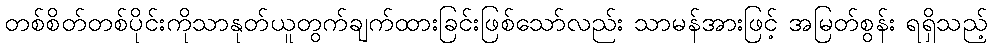
တစ်စိတ်တစ်ပိုင်းကိုသာနုတ်ယူတွက်ချက်ထားခြင်းဖြစ်သော်လည်း သာမန်အားဖြင့် အမြတ်စွန်း ရရှိသည့်